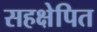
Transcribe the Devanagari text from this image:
सहक्षेपित